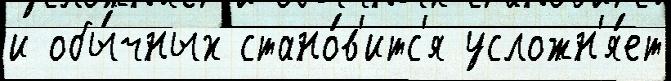
и обы́чных стано́в'итс'я усложн'я́ет